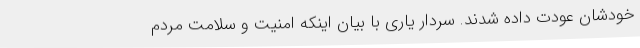
خودشان عودت داده شدند. سردار یاری با بیان اینکه امنیت و سلامت مردم